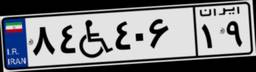
۵۹W۲۱۵۵۵